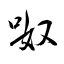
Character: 呶